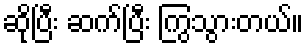
ဆိုပြီး ဆက်ပြီး ကြွသွားတယ်။